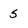
Character: 5